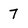
Character: 7